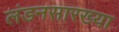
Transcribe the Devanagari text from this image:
लंडनसारख्या